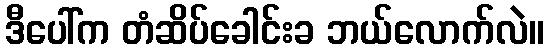
ဒီပေါ်က တံဆိပ်ခေါင်းခ ဘယ်လောက်လဲ။